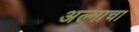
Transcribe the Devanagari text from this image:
अल्माचा